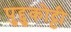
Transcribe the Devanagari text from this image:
पुद्दुकोट्टी